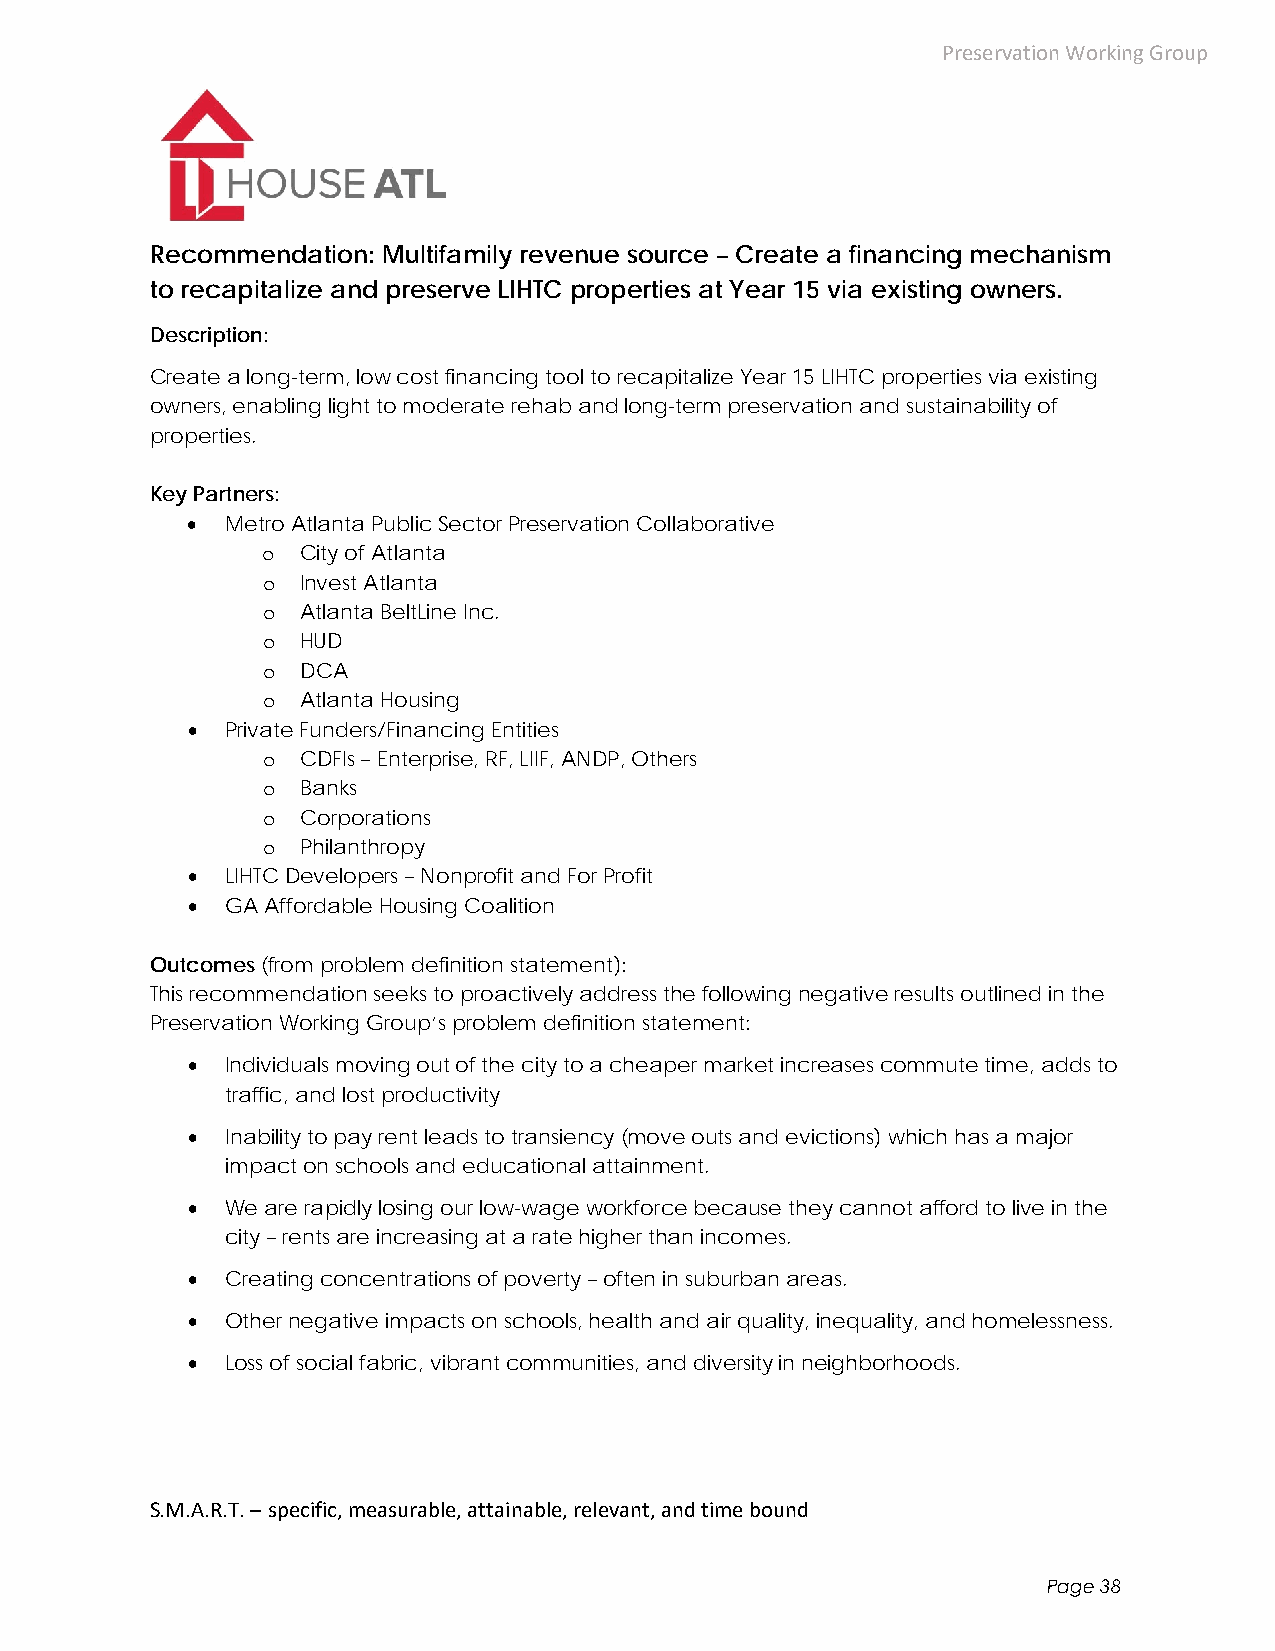
Preservation Working Group
 Recommendation: Multifamily revenue source – Create a financing mechanism
 to recapitalize and preserve LIHTC properties at Year 15 via existing owners.
 Description:
 Create a long-term, low cost financing tool to recapitalize Year 15 LIHTC properties via existing
 owners, enabling light to moderate rehab and long-term preservation and sustainability of
 properties.
 Key Partners:
   Metro Atlanta Public Sector Preservation Collaborative
 o  City of Atlanta
 o  Invest Atlanta
 o  Atlanta BeltLine Inc.
 o  HUD
 o  DCA
 o  Atlanta Housing
   Private Funders/Financing Entities
 o  CDFIs – Enterprise, RF, LIIF, ANDP, Others
 o  Banks
 o  Corporations
 o  Philanthropy
   LIHTC Developers – Nonprofit and For Profit
   GA Affordable Housing Coalition
 Outcomes (from problem definition statement):
 This recommendation seeks to proactively address the following negative results outlined in the
 Preservation Working Group’s problem definition statement:
   Individuals moving out of the city to a cheaper market increases commute time, adds to
 traffic, and lost productivity
   Inability to pay rent leads to transiency (move outs and evictions) which has a major
 impact on schools and educational attainment.
   We are rapidly losing our low-wage workforce because they cannot afford to live in the
 city – rents are increasing at a rate higher than incomes.
   Creating concentrations of poverty – often in suburban areas.
   Other negative impacts on schools, health and air quality, inequality, and homelessness.
   Loss of social fabric, vibrant communities, and diversity in neighborhoods.
 S.M.A.R.T. – specific, measurable, attainable, relevant, and time bound
 Page 38